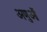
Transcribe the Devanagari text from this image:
अणुऑ